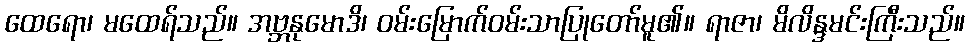
ထေရော၊ မထေရ်သည်။ အဗ္ဘနုမောဒိ၊ ဝမ်းမြောက်ဝမ်းသာပြုတော်မူ၏။ ရာဇာ၊ မိလိန္ဒမင်းကြီးသည်။